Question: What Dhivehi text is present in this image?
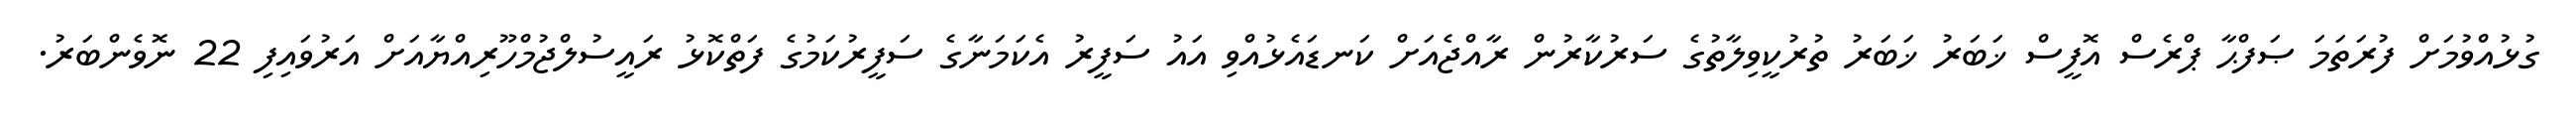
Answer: ގުޅުއްވުމަށް ފުރަތަމަ ޞަފްޙާ ޕްރެސް އޮފީސް ޚަބަރު ޚަބަރު ތުރުކީވިލާތުގެ ސަރުކާރުން ރާއްޖެއަށް ކަނޑައެޅުއްވި އައު ސަފީރު އެކަމަނާގެ ސަފީރުކަމުގެ ފަތްކޮޅު ރައީސުލްޖުމްހޫރިއްޔާއަށް އަރުވައިފި 22 ނޮވެންބަރު.